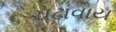
ચઢાવાય